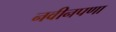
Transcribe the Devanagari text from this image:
नवीनपणा